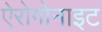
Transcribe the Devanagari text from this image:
ऐरोगोनाइट